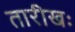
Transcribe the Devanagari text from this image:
तारीखः